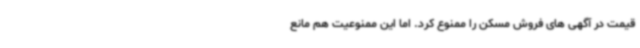
قیمت در آگهی های فروش مسکن را ممنوع کرد. اما این ممنوعیت هم مانع